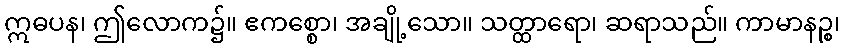
ဣဓပန၊ ဤလောက၌။ ဧကစ္စော၊ အချို့သော။ သတ္ထာရော၊ ဆရာသည်။ ကာမာနဉ္စ၊